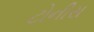
ટોનીસ